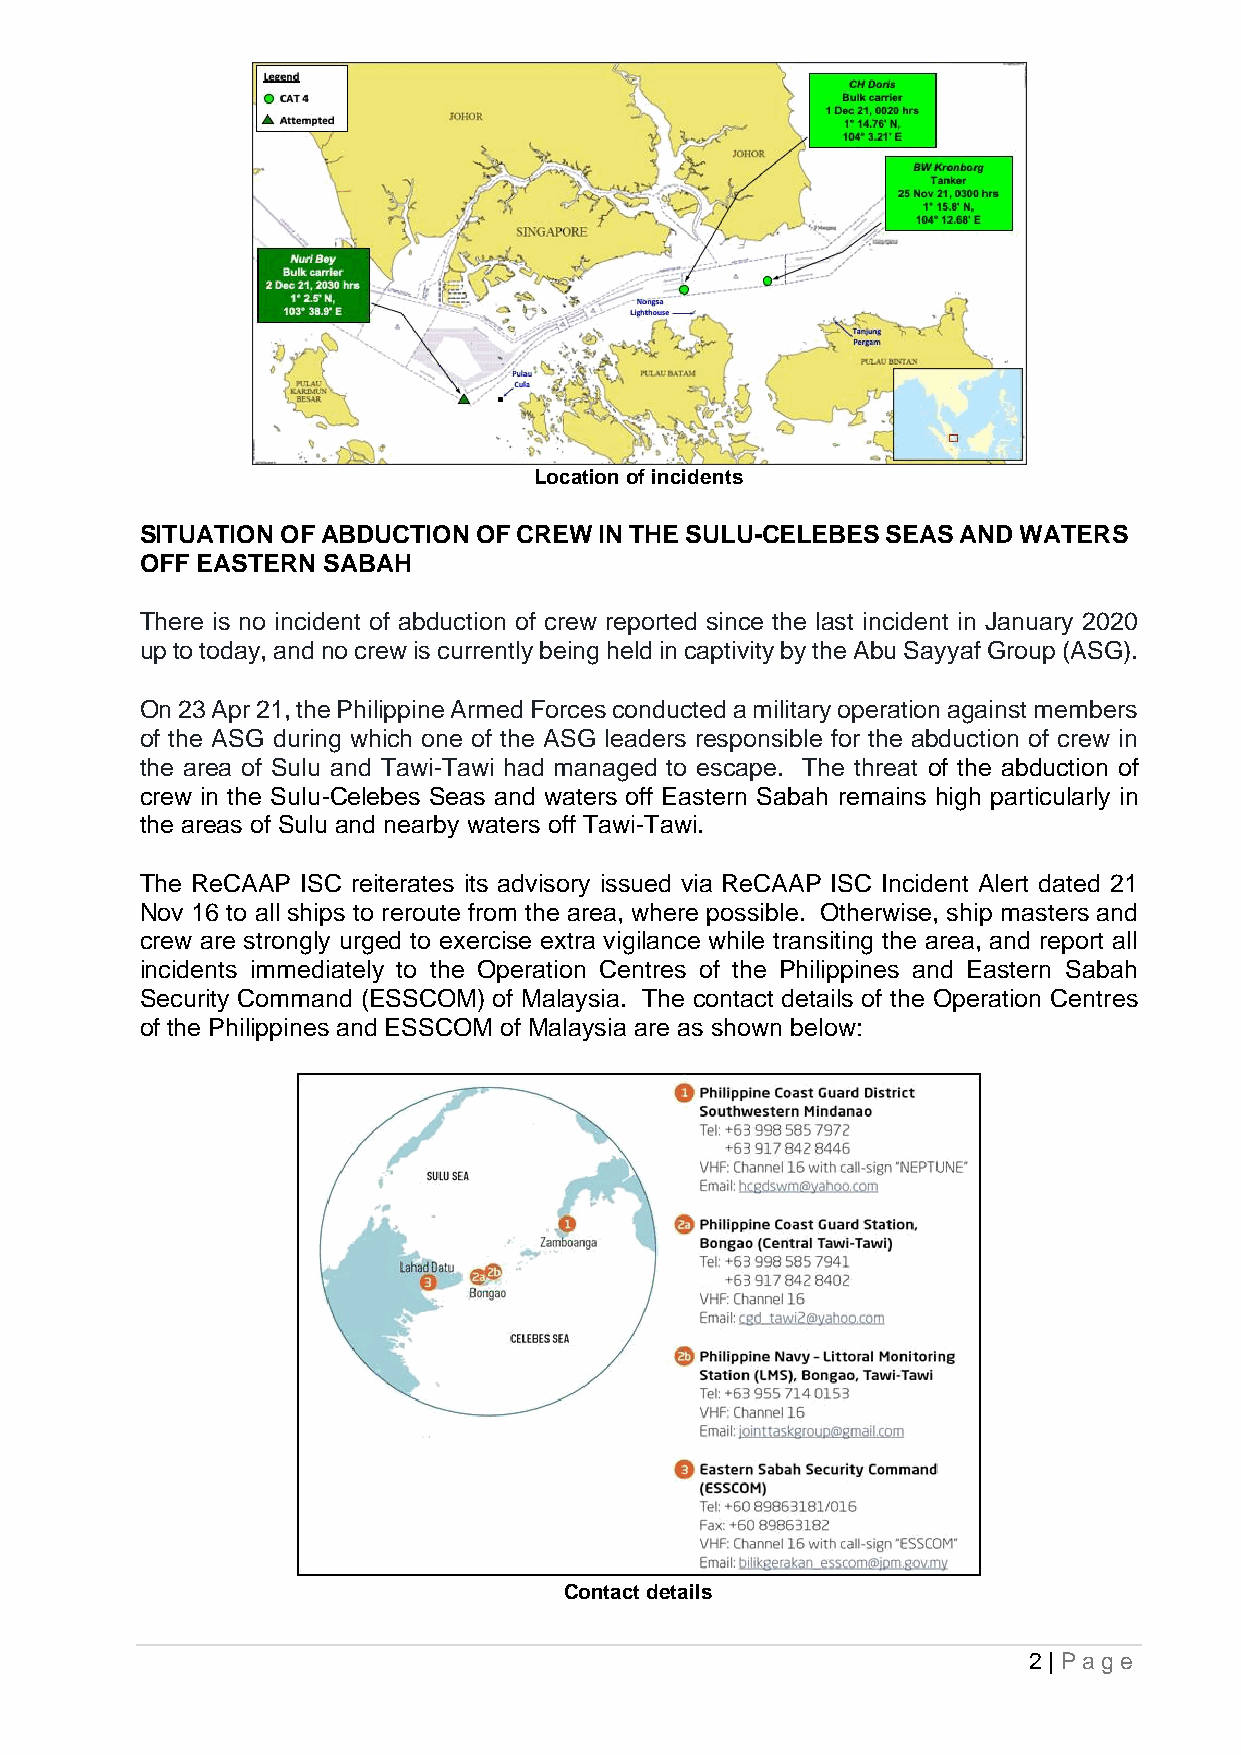
Location of incidents
 SITUATION OF ABDUCTION OF CREW IN THE SULU-CELEBES SEAS AND WATERS
 OFF EASTERN SABAH
 There is no incident of abduction of crew reported since the last incident in January 2020
 up to today, and no crew is currently being held in captivity by the Abu Sayyaf Group (ASG).
 On 23 Apr 21, the Philippine Armed Forces conducted a military operation against members
 of the ASG during which one of the ASG leaders responsible for the abduction of crew in
 the area of Sulu and Tawi-Tawi had managed to escape. The threat of the abduction of
 crew in the Sulu-Celebes Seas and waters off Eastern Sabah remains high particularly in
 the areas of Sulu and nearby waters off Tawi-Tawi.
 The ReCAAP ISC reiterates its advisory issued via ReCAAP ISC Incident Alert dated 21
 Nov 16 to all ships to reroute from the area, where possible. Otherwise, ship masters and
 crew are strongly urged to exercise extra vigilance while transiting the area, and report all
 incidents immediately to the Operation Centres of the Philippines and Eastern Sabah
 Security Command (ESSCOM) of Malaysia. The contact details of the Operation Centres
 of the Philippines and ESSCOM of Malaysia are as shown below:
 Contact details
 2 | Page